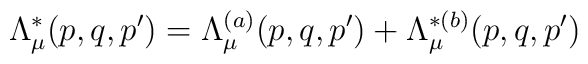
\Lambda_{\mu}^{\ast}(p,q,p')=\Lambda^{(a)}_{\mu}(p,q,p')+\Lambda^{\ast(b)}_{\mu}(p,q,p')